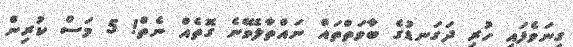
ގިނަވެފައި ހުރި ދަގަނޑުގެ ބާވަތްތައް ނައްތާލެވޭނެ ގޮތެއް ނެތް! 5 މަސް ކުރިން